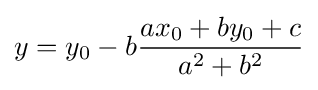
y=y_{0}-b{\frac {ax_{0}+by_{0}+c}{a^{2}+b^{2}}}